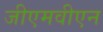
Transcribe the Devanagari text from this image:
जीएमवीएन